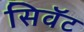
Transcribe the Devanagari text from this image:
सिवॅट